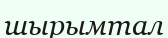
шырымтал